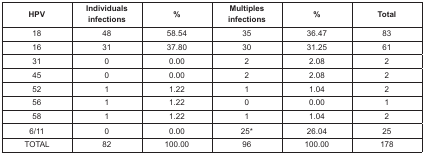
<table><thead><tr><td><b>HPV</b></td><td><b>Individuals infections</b></td><td><b>%</b></td><td><b>Multiples infections</b></td><td><b>%</b></td><td><b>Total</b></td></tr></thead><tbody><tr><td>18</td><td>48</td><td>58.54</td><td>35</td><td>36.47</td><td>83</td></tr><tr><td>16</td><td>31</td><td>37.80</td><td>30</td><td>31.25</td><td>61</td></tr><tr><td>31</td><td>0</td><td>0.00</td><td>2</td><td>2.08</td><td>2</td></tr><tr><td>45</td><td>0</td><td>0.00</td><td>2</td><td>2.08</td><td>2</td></tr><tr><td>52</td><td>1</td><td>1.22</td><td>1</td><td>1.04</td><td>2</td></tr><tr><td>56</td><td>1</td><td>1.22</td><td>0</td><td>0.00</td><td>1</td></tr><tr><td>58</td><td>1</td><td>1.22</td><td>1</td><td>1.04</td><td>2</td></tr><tr><td>6/11</td><td>0</td><td>0.00</td><td>25<sup>*</sup></td><td>26.04</td><td>25</td></tr><tr><td>TOTAL</td><td>82</td><td>100.00</td><td>96</td><td>100.00</td><td>178</td></tr></tbody></table>